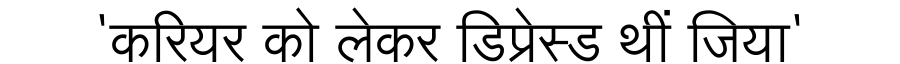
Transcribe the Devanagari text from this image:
'करियर को लेकर डिप्रेस्ड थीं जिया'